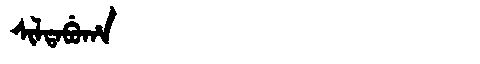
Manchu: ᠰᡳᠯᡨᠠᠪᡠᡥᠠ
Romanization: SILTABUHA